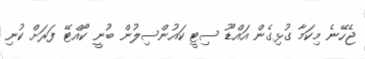
ޖެހޭނެ މިކަމާ ގުޅިގެން އައްޑޫ ސިޓީ ކައުންސިލުން ބުނީ ކޯއްޓޭ ފަރަށް ކުނި